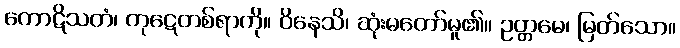
ကောဋိသတံ၊ ကုဋေတစ်ရာကို။ ဝိနေသိ၊ ဆုံးမတော်မူ၏။ ဥတ္တမေ၊ မြတ်သော။